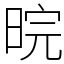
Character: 晥